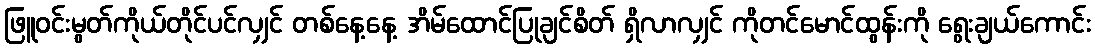
ဖြူဝင်းမွတ်ကိုယ်တိုင်ပင်လျှင် တစ်နေ့နေ့ အိမ်ထောင်ပြုချင်စိတ် ရှိလာလျှင် ကိုတင်မောင်ထွန်းကို ရွေးချယ်ကောင်း